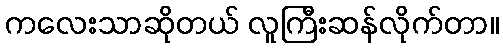
ကလေးသာဆိုတယ် လူကြီးဆန်လိုက်တာ။